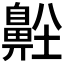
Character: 𪖜